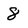
Character: 8